画像に写った文字を読んでください
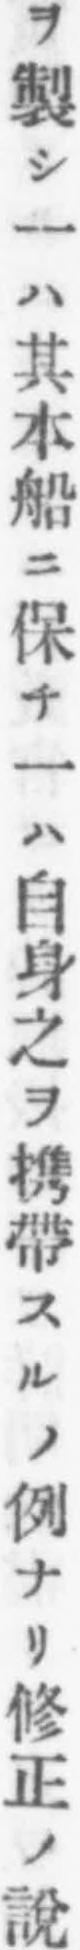
「ヲ製シ一ハ其本船ニ保チ一ハ自身之ヲ携帶スルノ例ナリ修正ノ說」と書いてあります